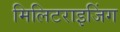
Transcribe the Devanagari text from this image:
मिलिटराइजिंग